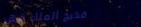
مخرج الملك فهد